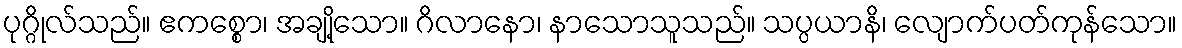
ပုဂ္ဂိုလ်သည်။ ဧကစ္စော၊ အချို့သော။ ဂိလာနော၊ နာသောသူသည်။ သပ္ပယာနိ၊ လျောက်ပတ်ကုန်သော။